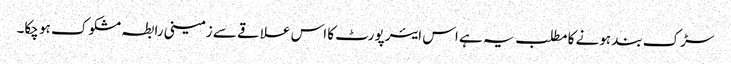
سڑک بند ہونے کا مطلب یہ ہے اس ایئر پورٹ کا اس علاقے سے زمینی رابطہ مشکوک ہو چکا۔